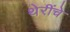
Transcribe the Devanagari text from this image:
थेरींचे